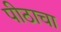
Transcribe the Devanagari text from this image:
पीठाचा